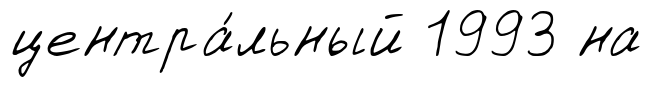
центра́льный 1993 на